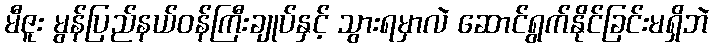
မီဇူး မွန်ပြည်နယ်ဝန်ကြီးချုပ်နှင့် သွားရမှာလဲ ဆောင်ရွက်နိုင်ခြင်းမရှိဘဲ